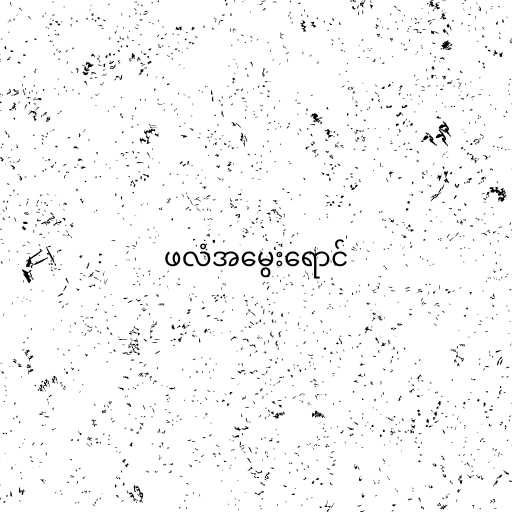
ဖလံအမွေးရောင်